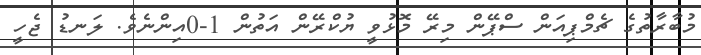
މުބާރާތުގެ ޗެމްޕިއަން ސްޕޭން މިރޭ މޮޅުވީ ޔުކްރޭން އަތުން 1-0އިންނެވެ. ލަނޑު ޖެހީ